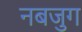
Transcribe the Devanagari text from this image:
नबजुग